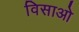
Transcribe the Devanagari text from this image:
विसाओ